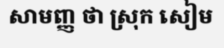
សាមញ្ញ ថា ស្រុក សៀម